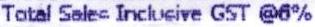
TATAL SALES INCLUSIVE GST @6%